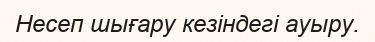
Несеп шығару кезіндегі ауыру.